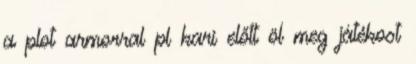
a plot armorral pl kari előtt öl meg játékost